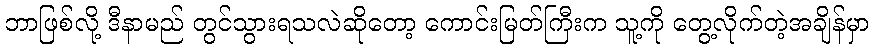
ဘာဖြစ်လို့ ဒီနာမည် တွင်သွားရသလဲဆိုတော့ ကောင်းမြတ်ကြီးက သူ့ကို တွေ့လိုက်တဲ့အချိန်မှာ